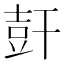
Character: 𰏩